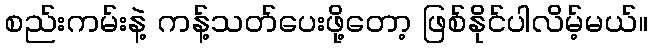
စည်းကမ်းနဲ့ ကန့်သတ်ပေးဖို့တော့ ဖြစ်နိုင်ပါလိမ့်မယ်။